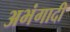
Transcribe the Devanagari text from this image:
अभंगादी